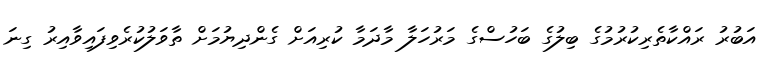
އަބުރު ރައްކާތެރިކުރުމުގެ ބިލުގެ ބަހުސްގެ މަރުހަލާ މާދަމާ ކުރިއަށް ގެންދިޔުމަށް ތާވަލުކުރެވިފައިވާއިރު ގިނަ